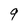
Character: 9